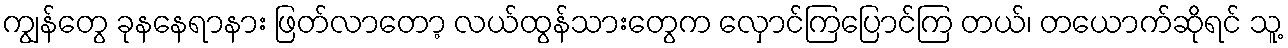
ကျွန်တွေ ခုနနေရာနား ဖြတ်လာတော့ လယ်ထွန်သားတွေက လှောင်ကြပြောင်ကြ တယ်၊ တယောက်ဆိုရင် သူ့